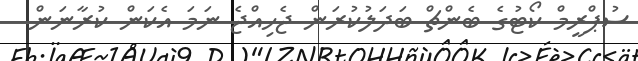
ސުޕްރީމް ކޯޓުގެ ބެންޗް ބަދަލުކުރަން ޖެހިއްޖެ ނަމަ އެކަން ކުރާނަން